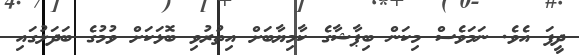
ދީފަ އެވެ. ނަމަވެސް މިކަން ބިޕާޝާގެ ކާމިޔާބަށް އިތުރުވި ބޮޅަކަށް ވުމުގެ ބަދަލުގައި